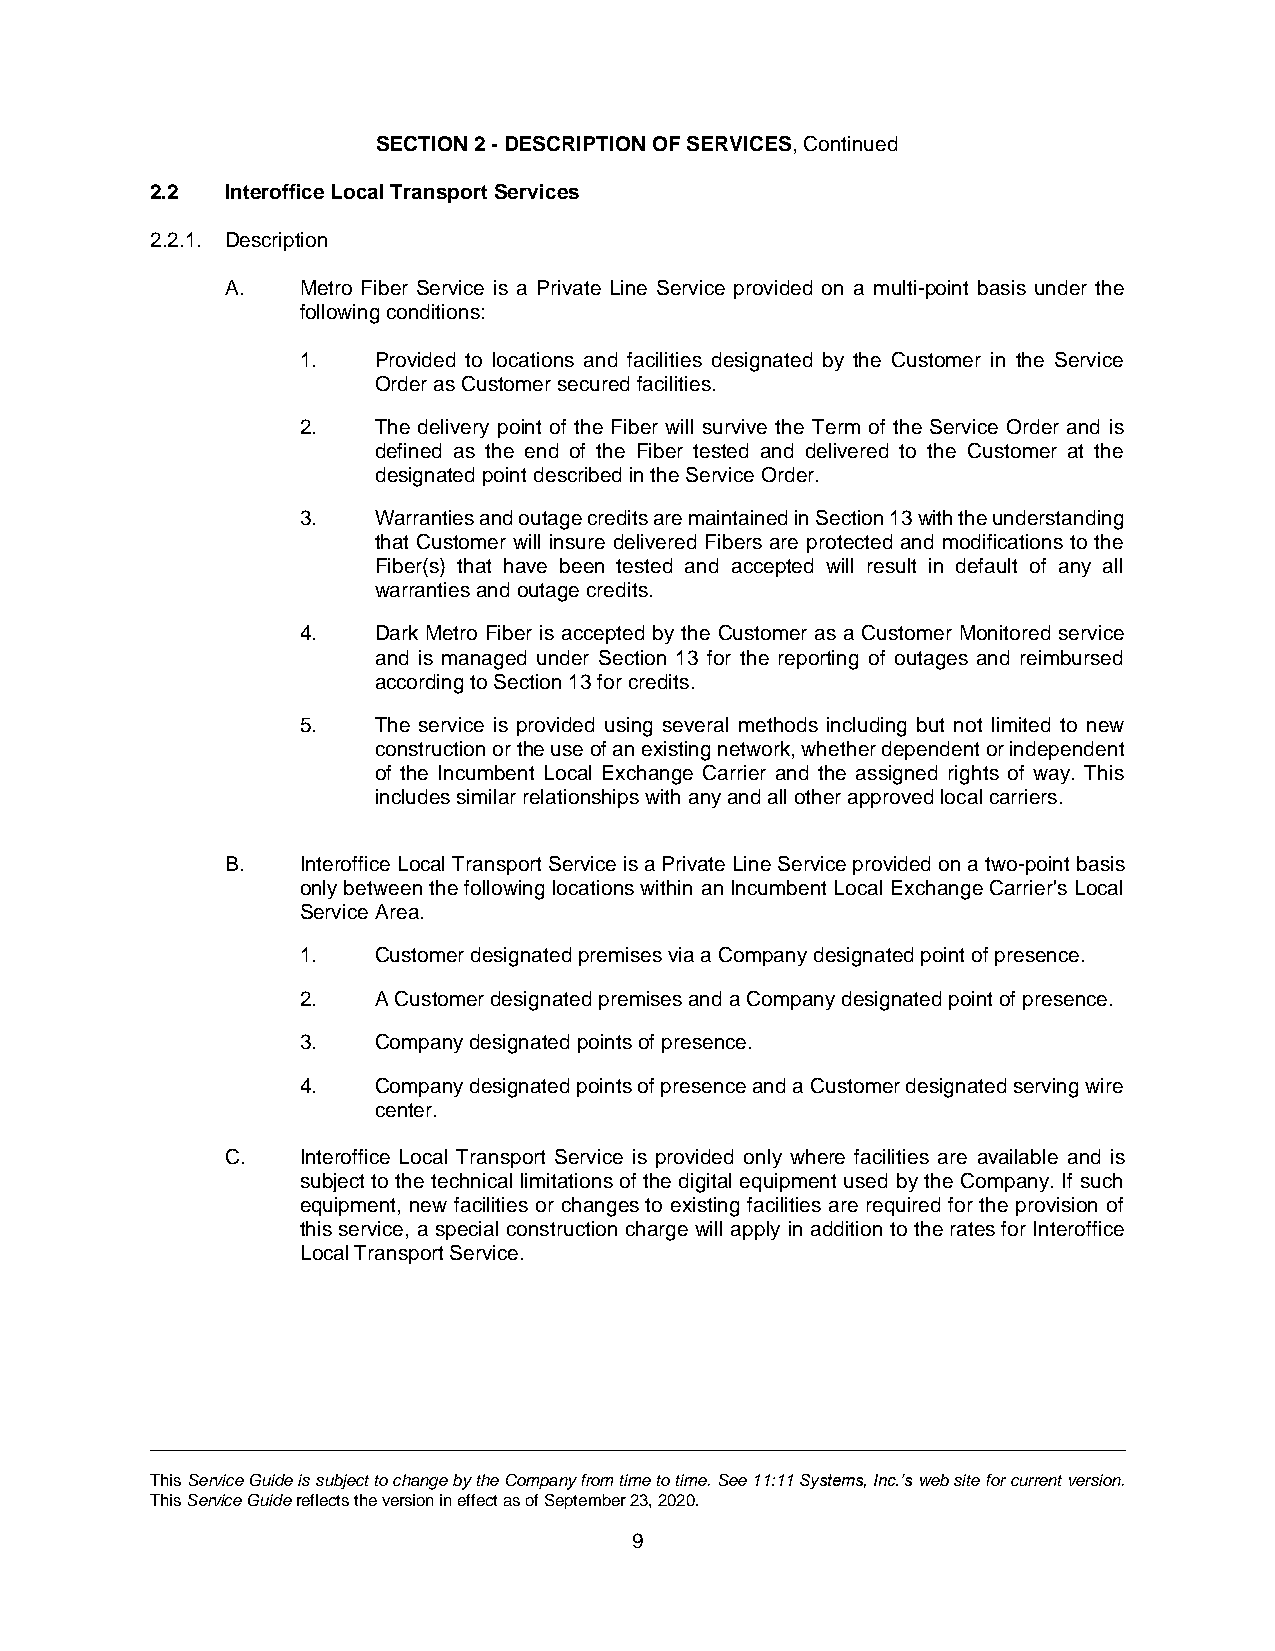
SECTION 2 - DESCRIPTION OF SERVICES, Continued
 2.2  Interoffice Local Transport Services
 2.2.1. Description
 A.   Metro Fiber Service is a Private Line Service provided on a multi-point basis under the
 following conditions:
 1.   Provided to locations and facilities designated by the Customer in the Service
 Order as Customer secured facilities.
 2.   The delivery point of the Fiber will survive the Term of the Service Order and is
 defined as the end of the Fiber tested and delivered to the Customer at the
 designated point described in the Service Order.
 3.   Warranties and outage credits are maintained in Section 13 with the understanding
 that Customer will insure delivered Fibers are protected and modifications to the
 Fiber(s) that have been tested and accepted will result in default of any all
 warranties and outage credits.
 4.   Dark Metro Fiber is accepted by the Customer as a Customer Monitored service
 and is managed under Section 13 for the reporting of outages and reimbursed
 according to Section 13 for credits.
 5.   The service is provided using several methods including but not limited to new
 construction or the use of an existing network, whether dependent or independent
 of the Incumbent Local Exchange Carrier and the assigned rights of way. This
 includes similar relationships with any and all other approved local carriers.
 B.   Interoffice Local Transport Service is a Private Line Service provided on a two-point basis
 only between the following locations within an Incumbent Local Exchange Carrier's Local
 Service Area.
 1.   Customer designated premises via a Company designated point of presence.
 2.   A Customer designated premises and a Company designated point of presence.
 3.   Company designated points of presence.
 4.   Company designated points of presence and a Customer designated serving wire
 center.
 C.   Interoffice Local Transport Service is provided only where facilities are available and is
 subject to the technical limitations of the digital equipment used by the Company. If such
 equipment, new facilities or changes to existing facilities are required for the provision of
 this service, a special construction charge will apply in addition to the rates for Interoffice
 Local Transport Service.
 This Service Guide is subject to change by the Company from time to time. See 11:11 Systems, Inc.’s web site for current version.
 This Service Guide reflects the version in effect as of September 23, 2020.
 9